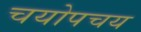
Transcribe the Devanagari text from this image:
चयोपचय